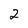
Character: 2